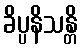
ခိပ္ပနိသန္တိ